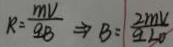
R = \frac { m V } { q B } \Rightarrow B = \frac { 2 m v } { q 3 0 }